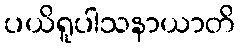
ပယိရူပါသနာယာတိ